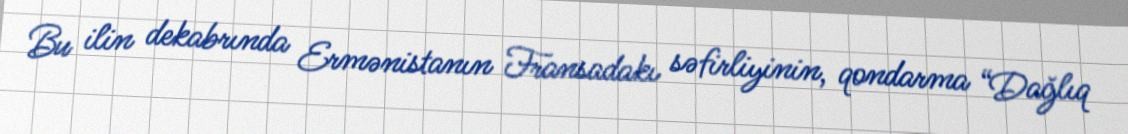
Bu ilin dekabrında Ermənistanın Fransadakı səfirliyinin, qondarma “Dağlıq